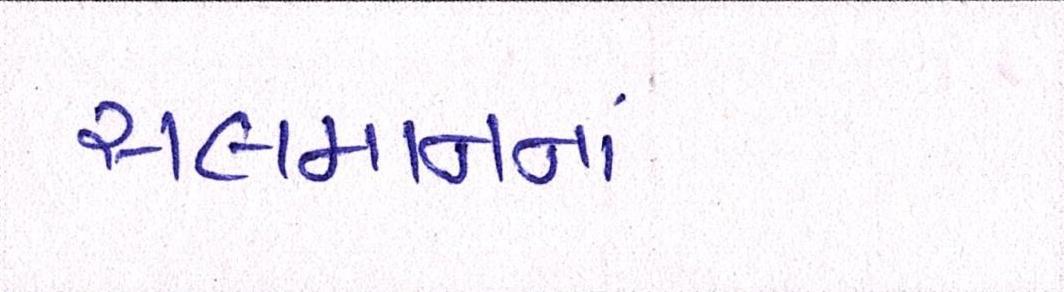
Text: સલમાનનાં